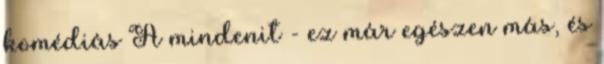
komédiás A mindenit - ez már egészen más, és